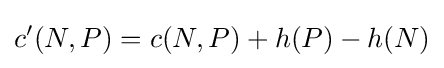
c'(N,P)=c(N,P)+h(P)-h(N)